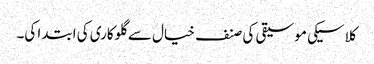
کلاسیکی موسیقی کی صنف خیال سے گلوکاری کی ابتدا کی۔